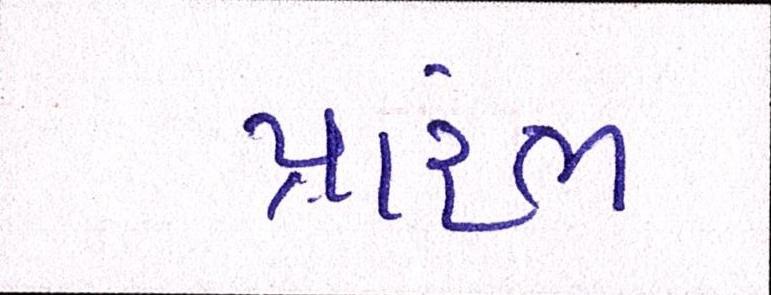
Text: પ્રારંભ